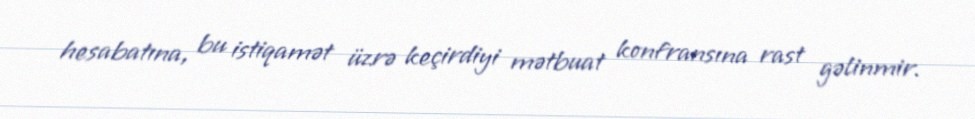
hesabatına, bu istiqamət üzrə keçirdiyi mətbuat konfransına rast gəlinmir.